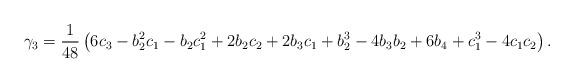
LaTeX: \begin{align*}\gamma_3=\frac{1}{48}\left(6c_3-b_2^2c_1-b_2c_1^2+2b_2c_2+2b_3c_1+b_2^3-4b_3b_2+6b_4+c_1^3-4c_1 c_2\right).\end{align*}